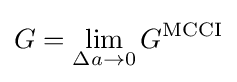
G=\lim _{\Delta a\to 0}G^{\text{MCCI}}